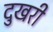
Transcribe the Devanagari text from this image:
दुखरी